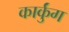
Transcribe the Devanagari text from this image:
कार्कुंग